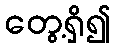
တွေ့ရှိ၍